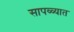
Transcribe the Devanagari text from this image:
सापळ्यात